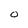
Character: O